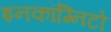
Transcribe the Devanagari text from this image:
इनकॉग्निटो